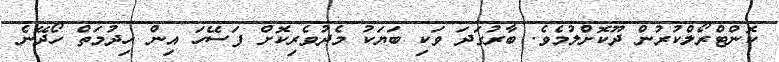
ކޮންޓްރޯލްކުރުން ދޫކޮށްލުމެވެ. ބާރުގަދަ ވަކި ބަޔަކު މެދުވެރިކޮށް ފަސޭހަ އިން ހިދުމަތް ހޯދޭނެ